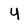
Character: y